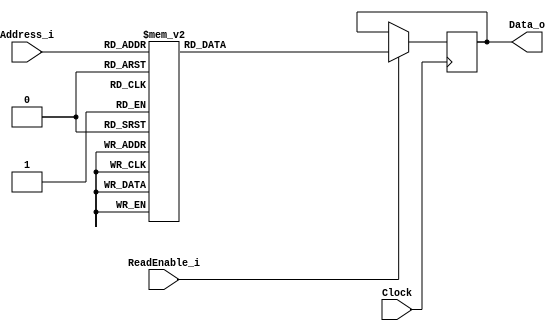
// This program was cloned from: https://github.com/leonow32/verilog-fpga
// License: MIT License

// 230703

`default_nettype none
module ROM(
	input wire Clock,
	input wire ReadEnable_i,
	input wire [3:0] Address_i,
	output reg [7:0] Data_o
);
	
	always @(posedge Clock) begin
		if(ReadEnable_i) begin
			case(Address_i)
				4'h0:		Data_o <= 8'h00;
				4'h1:		Data_o <= 8'h10;
				4'h2:		Data_o <= 8'h02;
				4'h3:		Data_o <= 8'h30;
				4'h4:		Data_o <= 8'h04;
				4'h5:		Data_o <= 8'h55;
				4'h6:		Data_o <= 8'h60;
				4'h7:		Data_o <= 8'h07;
				4'h8:		Data_o <= 8'h88;
				4'h9:		Data_o <= 8'h90;
				4'hA:		Data_o <= 8'h0A;
				4'hB:		Data_o <= 8'hB0;
				4'hC:		Data_o <= 8'hCC;
				4'hD:		Data_o <= 8'h0D;
				4'hE:		Data_o <= 8'hE0;
				4'hF:		Data_o <= 8'hFF;
				default:	Data_o <= 8'hXX;
			endcase
		end
	end
	
endmodule
`default_nettype wire